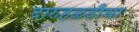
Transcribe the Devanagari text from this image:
दारुहळदीचा